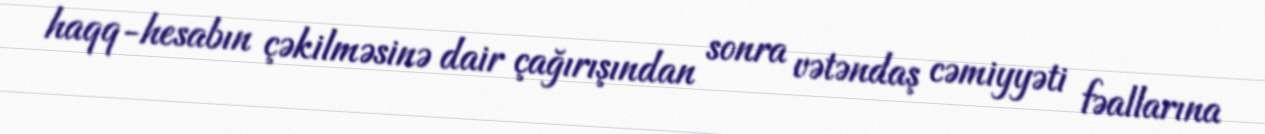
haqq-hesabın çəkilməsinə dair çağırışından sonra vətəndaş cəmiyyəti fəallarına